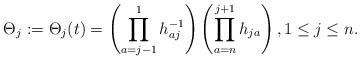
LaTeX: \begin{gather*}\Theta_j:=\Theta_j(t)= \left( \prod_{a=j-1}^{1} h_{aj}^{-1} \right) \left( \prod_{a=n}^{j+1} h_{ja} \right), 1 \le j \le n.\end{gather*}